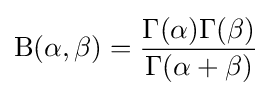
\mathrm {B} (\alpha ,\beta )={\frac {\Gamma (\alpha )\Gamma (\beta )}{\Gamma (\alpha +\beta )}}